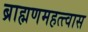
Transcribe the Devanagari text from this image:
ब्राह्मणमहत्त्वास